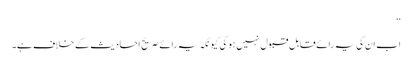
‘‘
اب ان کی یہ رائے قابلِ قبول نہیں ہو گی کیونکہ یہ رائے صریح احادیث کے خلاف ہے۔